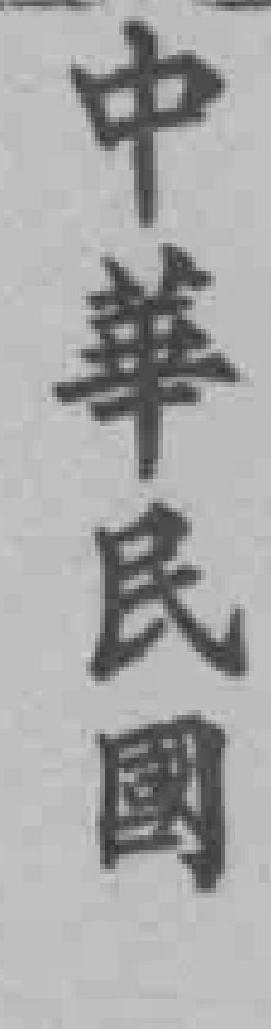
中華民國